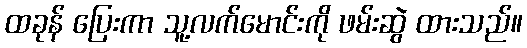
ထခုန် ပြေးကာ သူ့လက်မောင်းကို ဖမ်းဆွဲ ထားသည်။